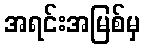
အရင်းအမြစ်မှ